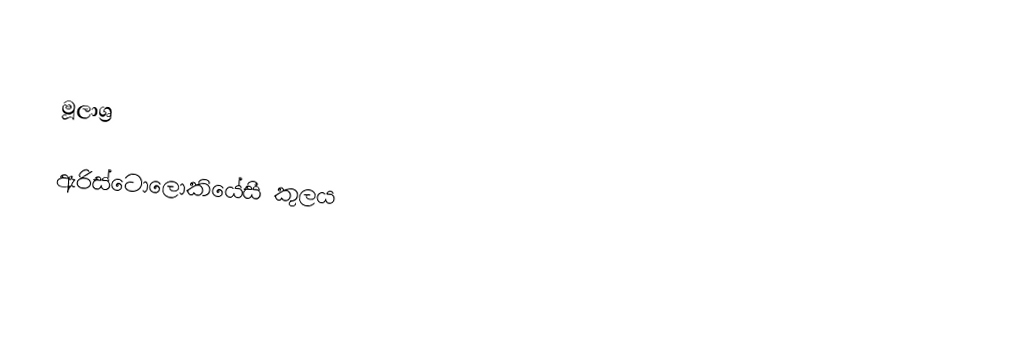

මූලාශ්‍ර

ඇරිස්ටොලොකියේසී කුලය